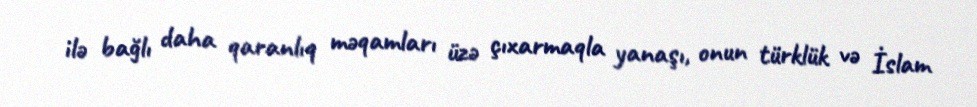
ilə bağlı daha qaranlıq məqamları üzə çıxarmaqla yanaşı, onun türklük və İslam